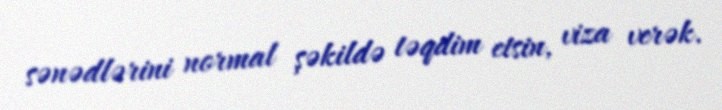
sənədlərini normal şəkildə təqdim etsin, viza verək.